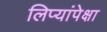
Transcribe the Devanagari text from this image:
लिप्यांपेक्षा